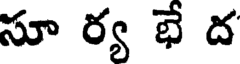
సూ ర్య భే ద